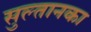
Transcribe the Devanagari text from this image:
सुल्तानका